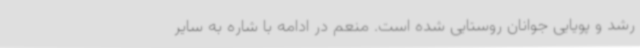
رشد و پویایی جوانان روستایی شده است. منعم در ادامه با شاره به سایر